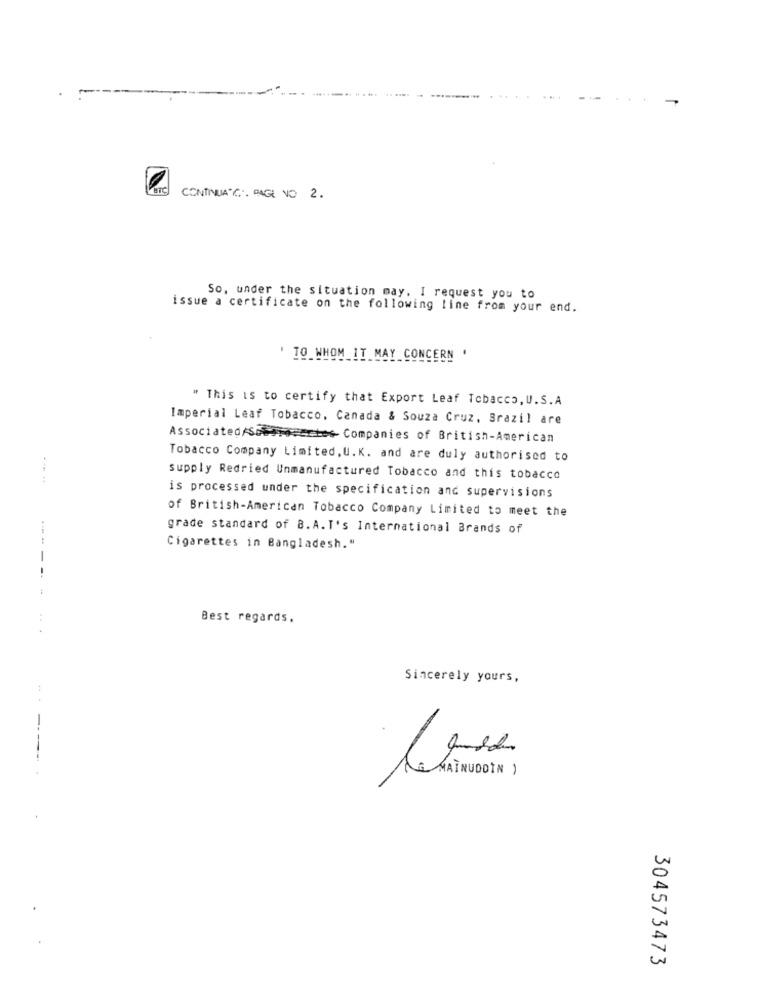
BTC
CONTINUA'C. PAG NO 2.
So, under the situation may. I request you to
issue a certificate on the following line from your end.
TO WHOM IT MAY CONCERN
" This is to certify that Export Leaf Tobacco, U.S. A
Imperial Leaf Tobacco, Canada & Souza Cruz, Brazil are
Associated/Solaiocertes Companies of British-American
Tobacco Company Limited, U.K. and are duly authorised to
supply Redried Unmanufactured Tobacco and this tobacco
is processed under the specification and supervisions
of British-American Tobacco Company Limited to meet the
grade standard of B.A.T's International Brands of
Cigarettes in Bangladesh."
-----
Best regards,
...
Sincerely yours,
ACHATNUDDIN )
304573473